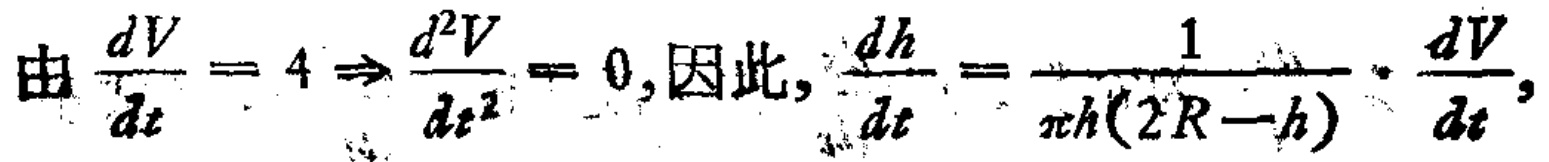
由 $\frac{dV}{dt}=4\Rightarrow\frac{d^{2}V}{dt^{2}} = 0$, 因此, $\frac{dh}{dt}=\frac{1}{\pi h(2R - h)}\cdot\frac{dV}{dt}$,